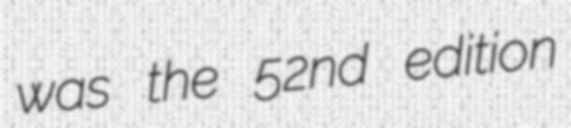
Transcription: was the 52nd edition